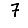
Digit: 7